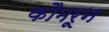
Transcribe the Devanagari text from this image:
कौमरून